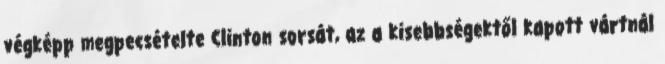
végképp megpecsételte Clinton sorsát, az a kisebbségektől kapott vártnál